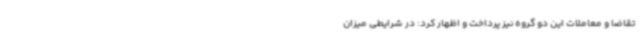
تقاضا و معاملات این دو گروه نیز پرداخت و اظهار کرد: در شرایطی میزان